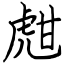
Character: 甝